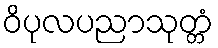
ဝိပုလပညာသုတ္တံ